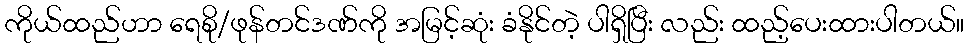
ကိုယ်ထည်ဟာ ရေစို/ဖုန်တင်ဒဏ်ကို အမြင့်ဆုံး ခံနိုင်တဲ့ ပါရှိပြီး လည်း ထည့်ပေးထားပါတယ်။